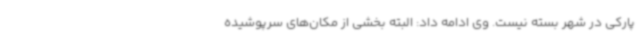
پارکی در شهر بسته نیست. وی ادامه داد: البته بخشی از مکان‌های سرپوشیده